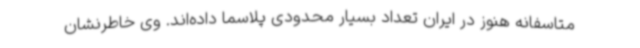
متاسفانه هنوز در ایران تعداد بسیار محدودی پلاسما داده‌اند. وی خاطرنشان